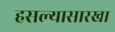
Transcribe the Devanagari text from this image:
हसल्यासारखा